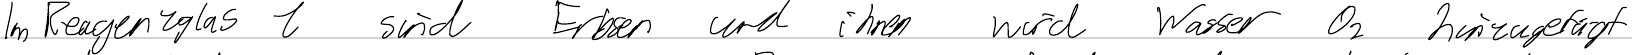
Im Reagenzglas 1 sind Erbsen und ihnen wird Wasser O2 hinzugefügt